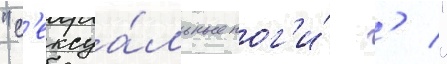
"с'ексуа́льные ног'и́ ' "